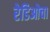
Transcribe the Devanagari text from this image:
रेडिओचा